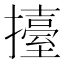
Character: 擡